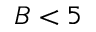
B < 5